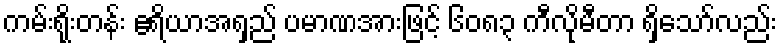
ကမ်းရိုးတန်း ဧရိယာအရှည် ပမာဏအားဖြင့် ၆၀၈၃ ကီလိုမီတာ ရှိသော်လည်း